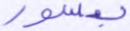
بسور